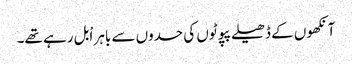
آنکھوں کے ڈھیلے پپوٹوں کی حدوں سے باہر اْبل رہے تھے۔